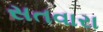
સતવારા